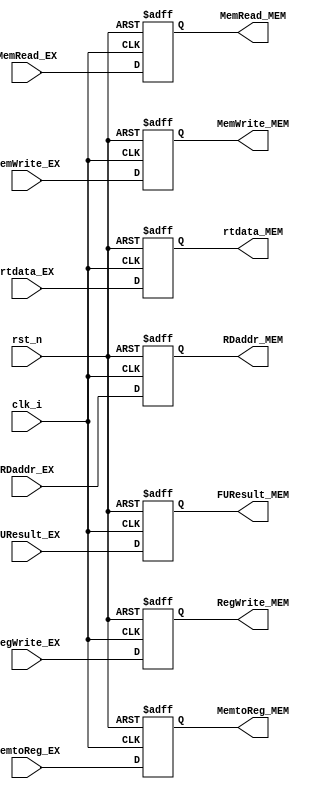
module EXMEMreg(
           clk_i,
           rst_n,
           RegWrite_EX, //Decoder
           RegWrite_MEM,
           MemtoReg_EX,
           MemtoReg_MEM,
           MemRead_EX,
           MemRead_MEM,
           MemWrite_EX,
           MemWrite_MEM,
           RDaddr_EX,
           RDaddr_MEM,
           FUResult_EX,
           FUResult_MEM,
           rtdata_EX,
           rtdata_MEM,
       );
input clk_i;
input rst_n;
input RegWrite_EX;
input MemtoReg_EX;
input MemRead_EX;
input MemWrite_EX;
input [2:0] RDaddr_EX;
input [15:0] FUResult_EX;
input [15:0] rtdata_EX;


output reg RegWrite_MEM;
output reg MemtoReg_MEM;
output reg MemRead_MEM;
output reg MemWrite_MEM;
output reg [2:0] RDaddr_MEM;
output reg [15:0] FUResult_MEM;
output reg [15:0] rtdata_MEM;




always@(posedge clk_i or negedge rst_n)
begin
    if(!rst_n)
    begin
        RegWrite_MEM <= 1'b0;
        MemtoReg_MEM <= 1'b0;
        MemRead_MEM <= 1'b0;
        MemWrite_MEM <= 1'b0;
        RDaddr_MEM <= 3'b0;
        FUResult_MEM <= 16'b0;
        rtdata_MEM <= 16'b0;
    end

    else
    begin
        RegWrite_MEM <= RegWrite_EX;
        MemtoReg_MEM <= MemtoReg_EX;
        MemRead_MEM <= MemRead_EX;
        MemWrite_MEM <= MemWrite_EX;
        RDaddr_MEM <= RDaddr_EX;
        FUResult_MEM <= FUResult_EX;
        rtdata_MEM <= rtdata_EX;
    end

end

endmodule